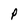
Character: P